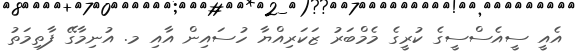
އެއީ ސީއެސްސީގެ ކުރީގެ މެމްބަރު ޒަކަރިއްޔާ ހުސައިން އާއި މ. އުނިމާގޭ ފާތިމަތު